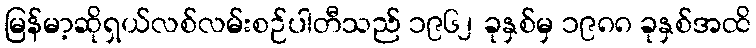
မြန်မာ့ဆိုရှယ်လစ်လမ်းစဉ်ပါတီသည် ၁၉၆၂ ခုနှစ်မှ ၁၉၈၈ ခုနှစ်အထိ